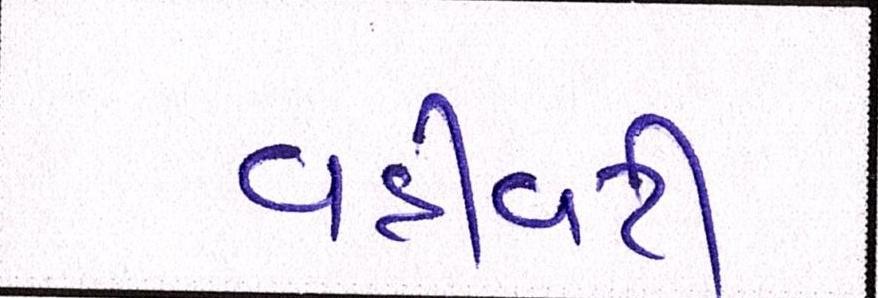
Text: વહીવટી